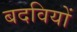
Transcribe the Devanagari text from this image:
बदवियों